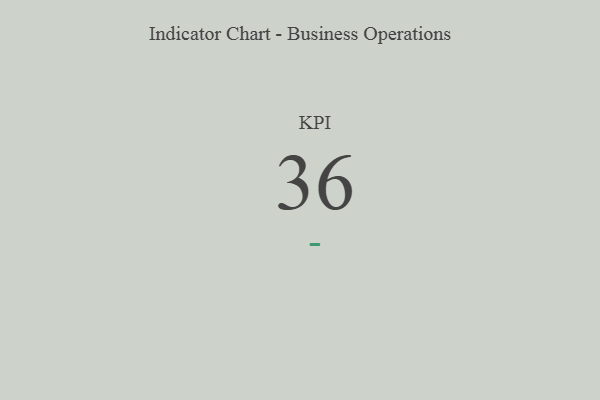
{"axis": {"x": "KPI", "y": "Value"}, "legend": [""], "data": [{"x": "KPI", "y": 36, "type": ""}]}